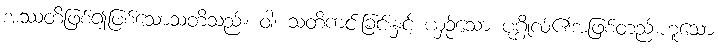
အဿတိဖြစ်၍ဖြစ်သောသတိသည်။ ဝါ၊ သတိကင်းခြင်းနှင့် ယှဉ်သော ပုဂ္ဂိုလ်၏အဖြစ်တည်းဟူသော